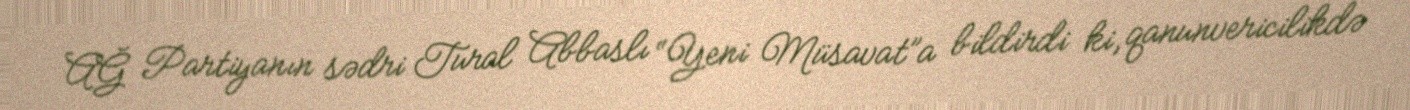
AĞ Partiyanın sədri Tural Abbaslı “Yeni Müsavat”a bildirdi ki, qanunvericilikdə